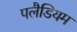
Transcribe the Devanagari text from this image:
पलैडियम